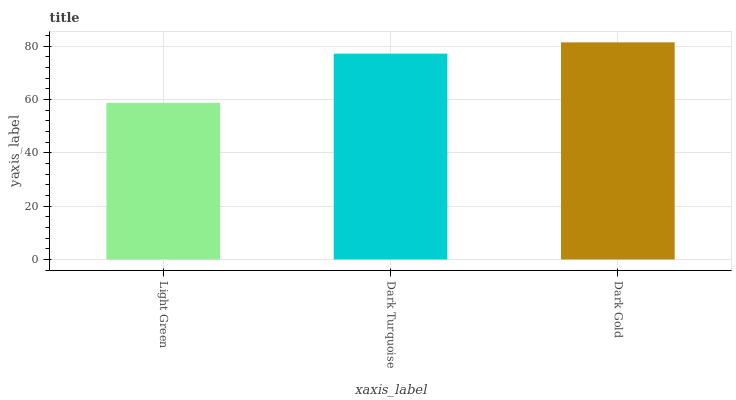
| xaxis_label | bars |
 | --- | --- |
 | Light Green | 58.7 |
 | Dark Turquoise | 77.2 |
 | Dark Gold | 81.4 |